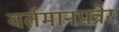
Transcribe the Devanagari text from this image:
वर्तमानपत्रेर